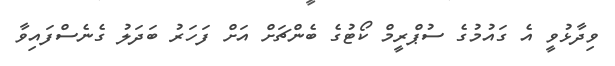
ވިދާޅުވީ އެ ގައުމުގެ ސުޕްރީމް ކޯޓުގެ ބެންޗަށް އަށް ފަހަރު ބަދަލު ގެނެސްފައިވާ